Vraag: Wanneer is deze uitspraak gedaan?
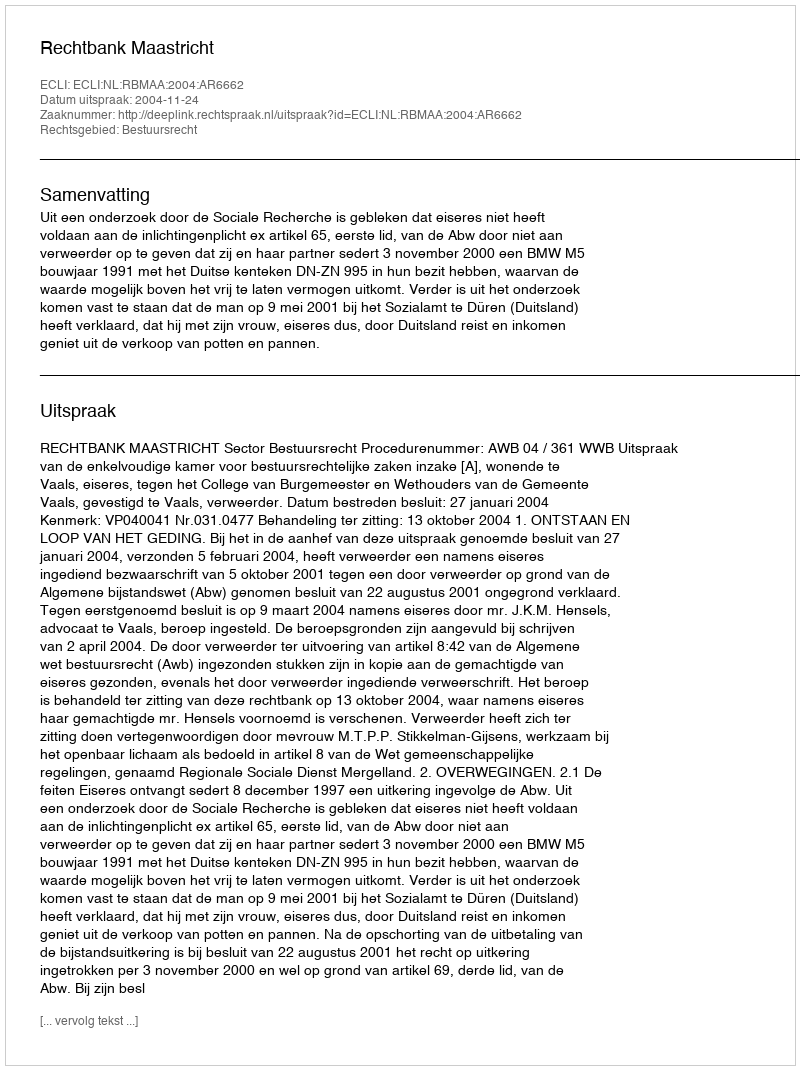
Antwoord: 2004-11-24